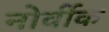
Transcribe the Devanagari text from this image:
नोर्वीक